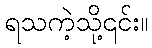
ရသကဲ့သို့၎င်း။